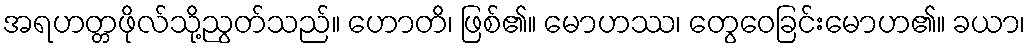
အရဟတ္တဖိုလ်သို့ညွတ်သည်။ ဟောတိ၊ ဖြစ်၏။ မောဟဿ၊ တွေဝေခြင်းမောဟ၏။ ခယာ၊